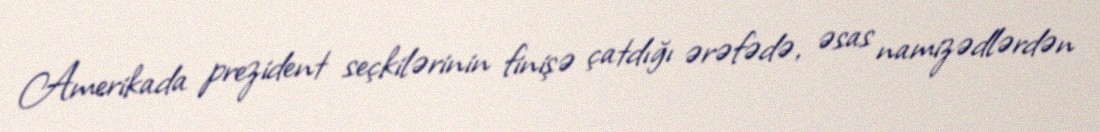
Amerikada prezident seçkilərinin finişə çatdığı ərəfədə, əsas namizədlərdən